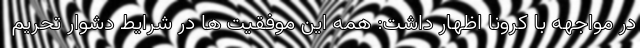
در مواجهه با کرونا اظهار داشت: همه این موفقیت ها در شرایط دشوار تحریم